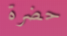
حضرة